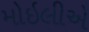
મોઇલીએ